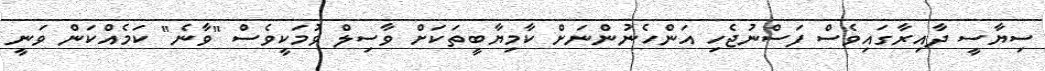
ސިޔާސީ ދާއިރާގައިވެސް ފަސްނުޖެހި އަންހެނުންނަށް ކާމިޔާބީތަކަށް ވާސިލް ވުމަކީވެސް "ވާނެ" ކަމެއްކަން ވަނީ